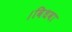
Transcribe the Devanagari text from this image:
।विधवा